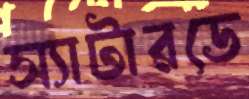
স্যাটারডে